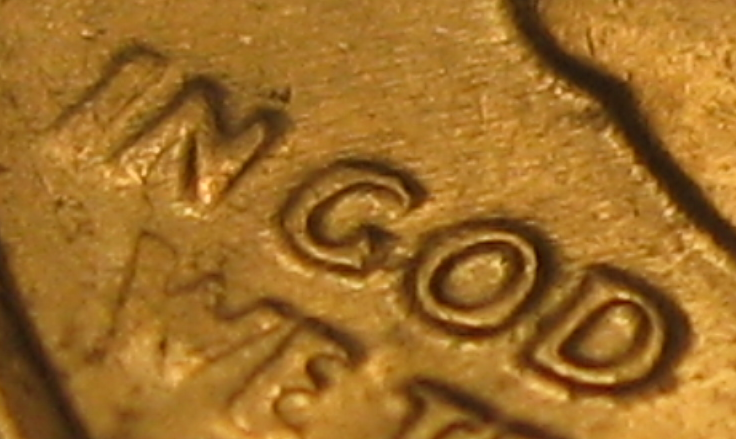
IN GOD